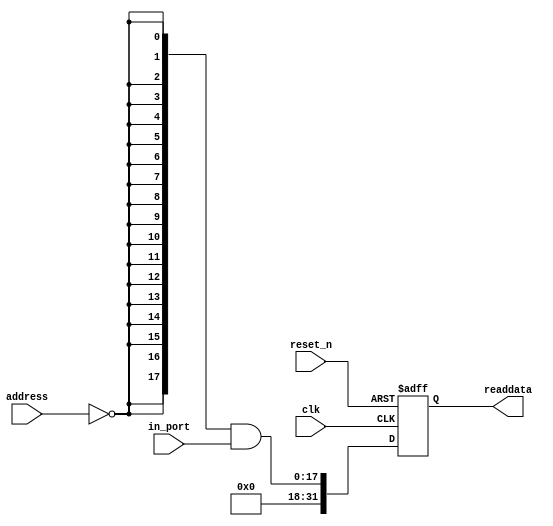
module pio_sw (
                // inputs:
                 address,
                 clk,
                 in_port,
                 reset_n,

                // outputs:
                 readdata
              )
;

  output  [ 31: 0] readdata;
  input   [  1: 0] address;
  input            clk;
  input   [ 17: 0] in_port;
  input            reset_n;

  wire             clk_en;
  wire    [ 17: 0] data_in;
  wire    [ 17: 0] read_mux_out;
  reg     [ 31: 0] readdata;
  assign clk_en = 1;
  //s1, which is an e_avalon_slave
  assign read_mux_out = {18 {(address == 0)}} & data_in;
  always @(posedge clk or negedge reset_n)
    begin
      if (reset_n == 0)
          readdata <= 0;
      else if (clk_en)
          readdata <= {{{32 - 18}{1'b0}},read_mux_out};
    end


  assign data_in = in_port;

endmodule